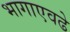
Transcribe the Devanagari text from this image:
भागाएवढे